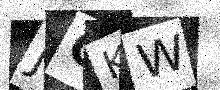
Text: JCKW